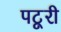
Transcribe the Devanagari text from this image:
पटूरी